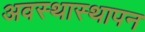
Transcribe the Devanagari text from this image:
अवस्थास्थापन